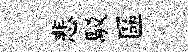
悲駁區